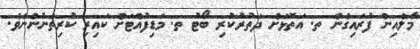
މާލެއިން ފުރައިގެން ތ. އަތޮޅަށް ދަތުރުކުރި ބޯޓު ތ. މަޑިފުއްޓަށް ކައިރި ކުރިތަނުންނެވެ.